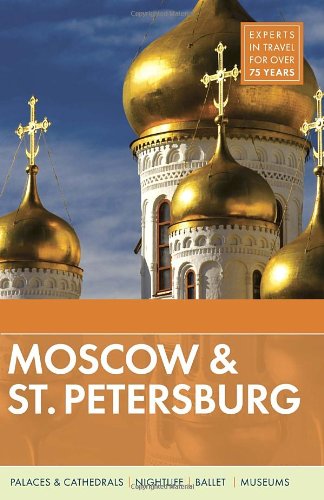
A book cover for Fodor's Moscow & St. Petersburg (Travel Guide); Fodor's; Travel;